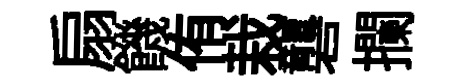
扇饑侑栽礱攔